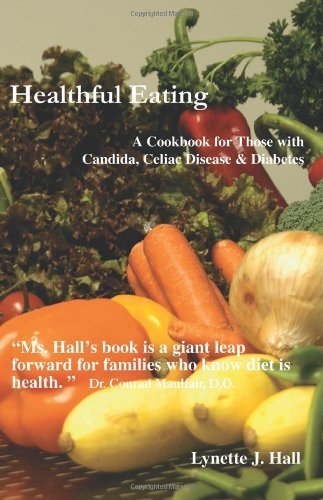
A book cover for Healthful Eating: A Cookbook for Those with Candida, Celiac Disease & Diabetes (Paperback) - Common; By (author) Lynette J Hall; Health, Fitness & Dieting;